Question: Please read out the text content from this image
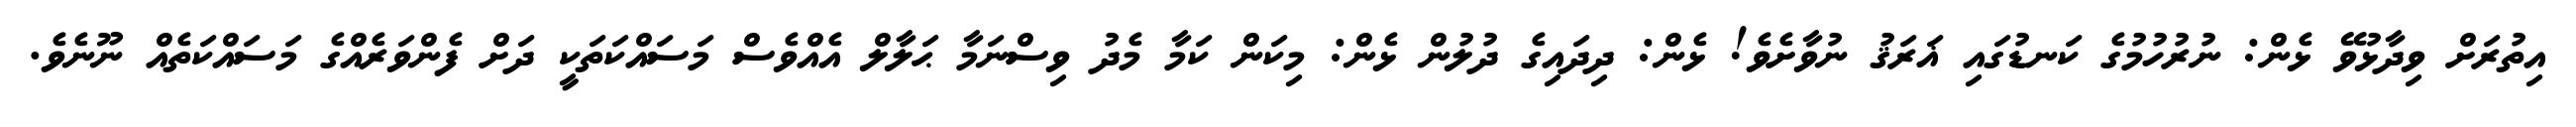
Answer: އިތުރަށް ވިދާޅުވޭ ޅެން: ނުރުހުމުގެ ކަނޑުގައި ޣަރަޤު ނުވާށެވެ! ޅެން: ދިދައިގެ ދުލުން ޅެން: މިކަން ކަމާ މެދު ވިސްނަމާ ޙަލާލް އެއްވެސް މަސައްކަތަކީ ދަށް ފެންވަރެއްގެ މަސައްކަތެއް ނޫނެވެ.